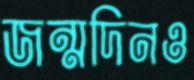
জন্মদিনও